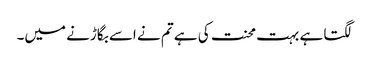
لگتا ہے بہت محنت کی ہے تم نے اسے بگاڑنے میں۔